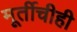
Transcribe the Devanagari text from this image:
मूर्तीचीही